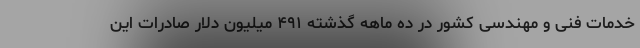
خدمات فنی و مهندسی کشور در ده ماهه گذشته ۴۹۱ میلیون دلار صادرات این